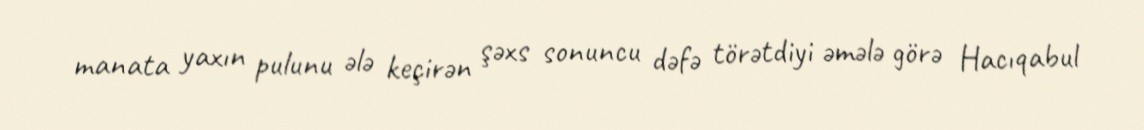
manata yaxın pulunu ələ keçirən şəxs sonuncu dəfə törətdiyi əmələ görə Hacıqabul